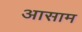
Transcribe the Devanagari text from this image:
अासाम